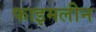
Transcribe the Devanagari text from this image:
फाइमलीन